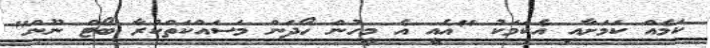
ކަމެއް ކަމަށާއި އެކަމަކު "އެއީ އެ މީހުން ހޯދަން މަސައްކަތްކުރާ ބޯޓް ނޫން"